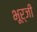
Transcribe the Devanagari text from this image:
भूर्जी